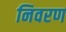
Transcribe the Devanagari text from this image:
निवरण